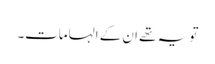
تو یہ تھے ان کے الہامات۔